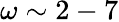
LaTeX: \omega\sim 2-7